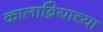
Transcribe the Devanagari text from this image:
कालाब्रियाच्या